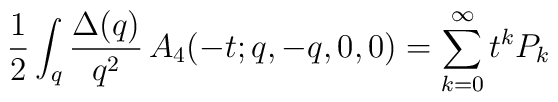
\frac{1}{2} \int_q \frac{\Delta (q)}{q^2}\, A_4 (-t; q,-q,0,0) =\sum_{k=0}^\infty t^k P_k